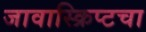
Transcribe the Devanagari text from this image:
जावास्क्रिप्टचा